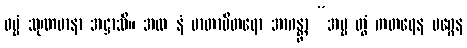
ဓမ္မံ သုဏမာနာ အဋ္ဌာသိ။ အထ နံ မာတာပိတရော အာဂန္တွာ “အမ္မ တွံ ကတရေန မဂ္ဂေန